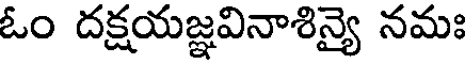
ఓం దక్షయజ్ఞవినాశిన్యై నమః